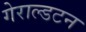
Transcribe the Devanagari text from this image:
गेराल्डटन